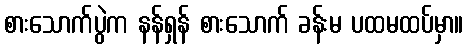
စားသောက်ပွဲက နန်ရှန် စားသောက် ခန်းမ ပထမထပ်မှာ။